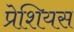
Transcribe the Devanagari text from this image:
प्रेशियस